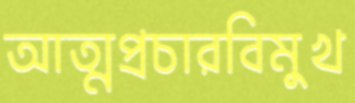
আত্মপ্রচারবিমুখ